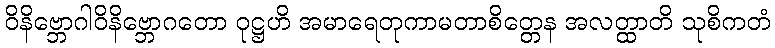
ဝိနိဗ္ဘောဂါဝိနိဗ္ဘောဂတော ဝုဋ္ဌဟိ အမာရေတုကာမတာစိတ္တေန အလတ္ထာတိ သုစိကတံ